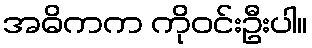
အဓိကက ကိုဝင်းဦးပါ။